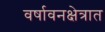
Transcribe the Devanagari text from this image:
वर्षावनक्षेत्रात